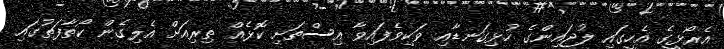
އެރޯޅީގެ އެހީގައި ލުޖައިންގެ ހުޅިގަނޑާއި ވަކިވެފައިވާ އިސްތަށި ކޮޅެއް ތިރިއަށް އެލިގެން ކޯތާފަތުގައި